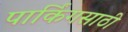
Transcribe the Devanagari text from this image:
पार्किंगसाठी